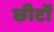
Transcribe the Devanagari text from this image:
छीटों